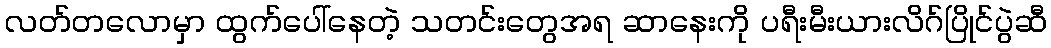
လတ်တလောမှာ ထွက်ပေါ်နေတဲ့ သတင်းတွေအရ ဆာနေးကို ပရီးမီးယားလိဂ်ပြိုင်ပွဲဆီ